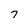
Character: 7